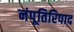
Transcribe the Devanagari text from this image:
नंपूतिरिपाद